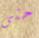
حتى